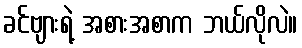
ခင်ဗျားရဲ့ အစားအစာက ဘယ်လိုလဲ။